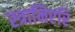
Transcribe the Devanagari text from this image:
स्त्रानिएरि